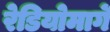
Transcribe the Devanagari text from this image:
रेडियोमार्गे